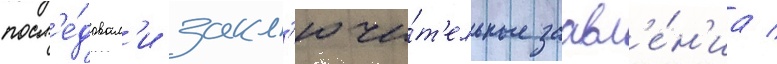
посл'е́довал'и закл'ючи́т'ельные заавл'е́н'иа /